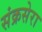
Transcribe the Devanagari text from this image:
संक्रसेरा